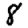
Digit: 8